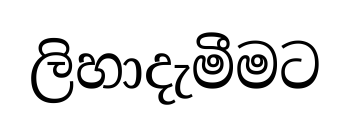
ලිහාදැමීමට